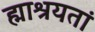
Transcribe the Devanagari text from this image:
ह्माश्रयतां